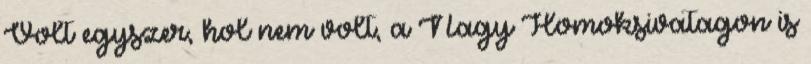
Volt egyszer, hol nem volt, a Nagy Homoksivatagon is